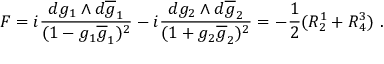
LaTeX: F = i \frac { d g _ { 1 } \wedge d \overline { { { g } } } _ { 1 } } { ( 1 - g _ { 1 } \overline { { { g } } } _ { 1 } ) ^ { 2 } } - i \frac { d g _ { 2 } \wedge d \overline { { { g } } } _ { 2 } } { ( 1 + g _ { 2 } \overline { { { g } } } _ { 2 } ) ^ { 2 } } = - \frac { 1 } { 2 } ( R _ { 2 } ^ { 1 } + R _ { 4 } ^ { 3 } ) ~ .